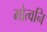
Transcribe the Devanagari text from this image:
मोत्वनि